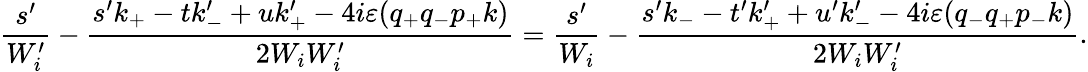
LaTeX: \frac{s^{\prime}}{W_{i}^{\prime}}-\frac{s^{\prime}k_{+}-tk_{-}^{\prime}+uk_{+}^{\prime}-4i\varepsilon(q_{+}q_{-}p_{+}k)}{2W_{i}W_{i}^{\prime}}=\frac{s^{\prime}}{W_{i}}-\frac{s^{\prime}k_{-}-t^{\prime}k_{+}^{\prime}+u^{\prime}k_{-}^{\prime}-4i\varepsilon(q_{-}q_{+}p_{-}k)}{2W_{i}W_{i}^{\prime}}.